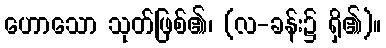
ဟောသော သုတ်ဖြစ်၏၊ (လ-ခန်း၌ ရှိ၏)။